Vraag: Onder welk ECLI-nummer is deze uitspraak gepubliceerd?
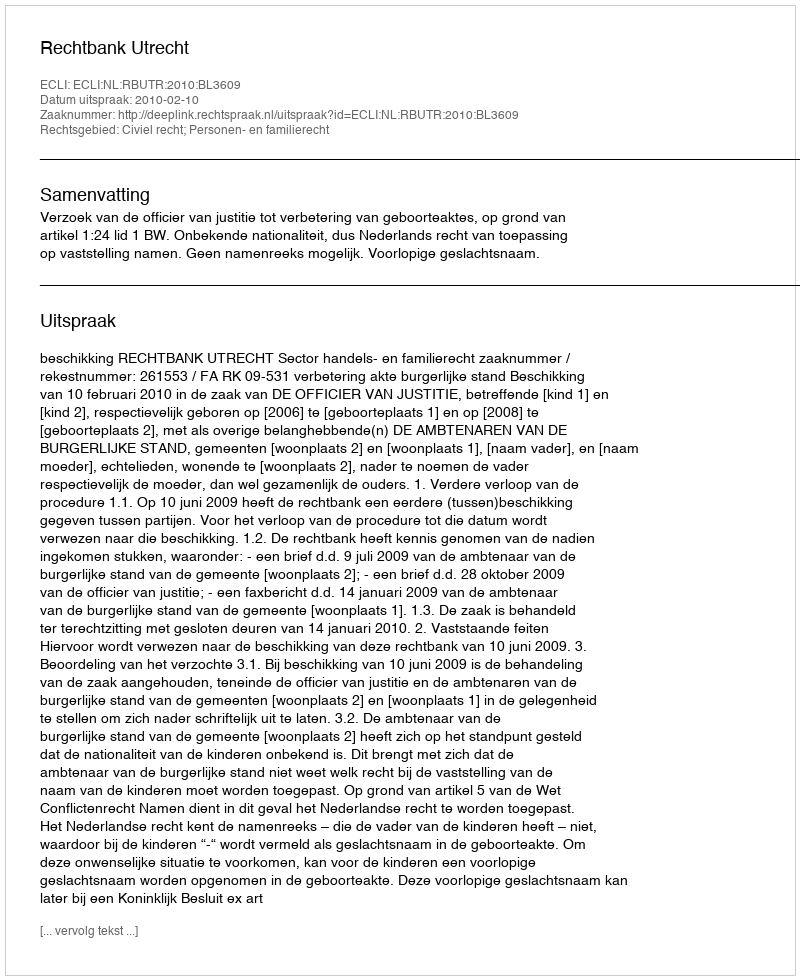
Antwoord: ECLI:NL:RBUTR:2010:BL3609